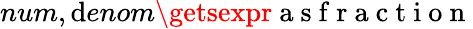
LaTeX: num,\mathrm{d}enom\getsexpr\mathrm{{~a~s~f~r~a~c~t~i~o~n~}}